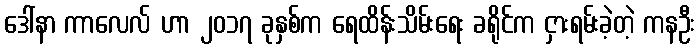
ဒေါ်နာ ကာလေလ် ဟာ ၂၀၁၇ ခုနှစ်က ရေထိန်းသိမ်းရေး ခရိုင်က ငှားရမ်းခဲ့တဲ့ ကနဦး